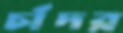
চাঁদর